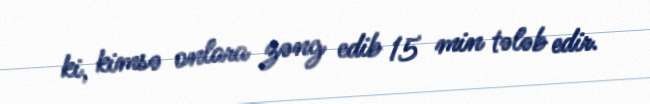
ki, kimsə onlara zəng edib 15 min tələb edir.